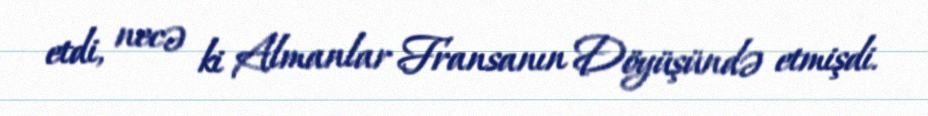
etdi, necə ki Almanlar Fransanın Döyüşündə etmişdi.